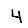
Digit: 4